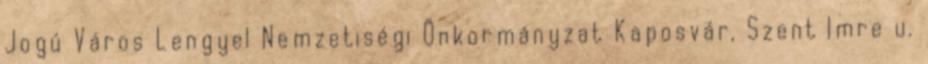
Jogú Város Lengyel Nemzetiségi Önkormányzat Kaposvár, Szent Imre u.